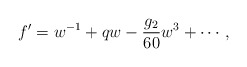
\begin{align*}f' = w^{-1} + qw - \frac{g_2}{60}w^3 + \cdots,\end{align*}